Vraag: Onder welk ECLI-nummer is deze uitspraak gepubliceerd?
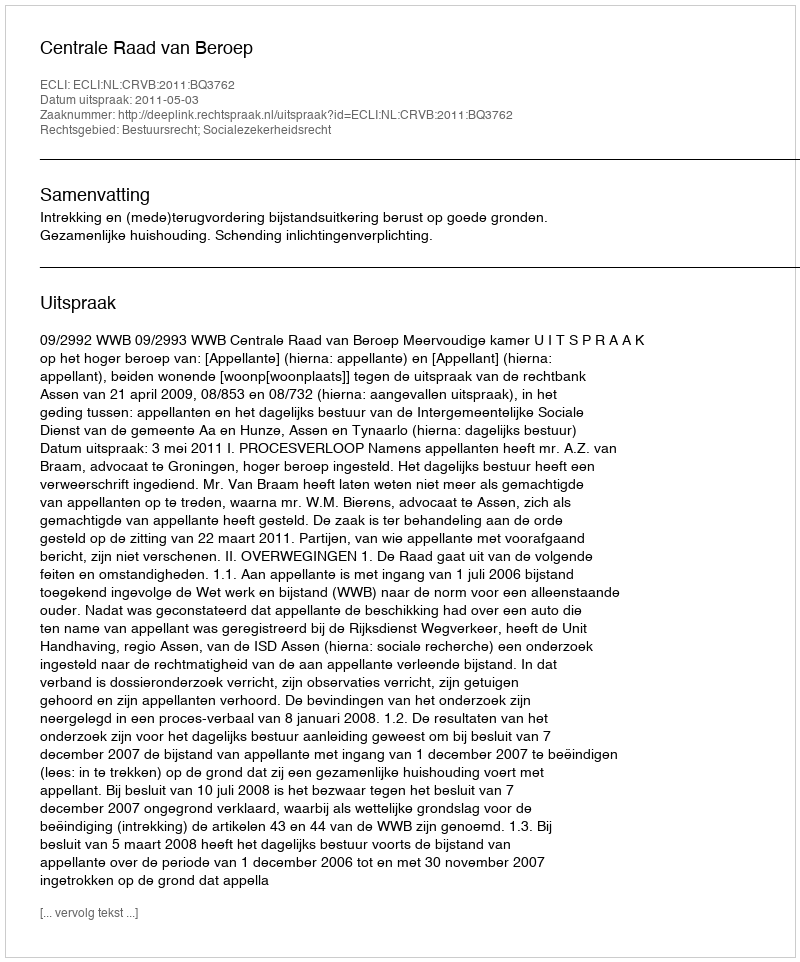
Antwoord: ECLI:NL:CRVB:2011:BQ3762